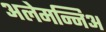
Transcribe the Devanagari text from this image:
अलेमन्निअ